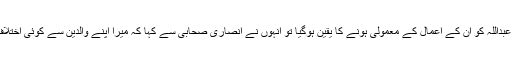
جب سیّدنا عبداللہ کو ان کے اعمال کے معمولی ہونے کا یقین ہوگیا تو انہوں نے انصاری صحابی سے کہا کہ میرا اپنے والدین سے کوئی اختلاف نہیں ہوا۔